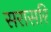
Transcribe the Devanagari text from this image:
सरासरि